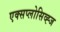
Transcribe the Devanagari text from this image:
एक्सप्लोसिव्ह्ज